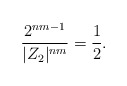
\begin{align*}\frac{2^{nm-1}}{|Z_2|^{nm}} = \frac{1}{2}.\end{align*}